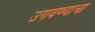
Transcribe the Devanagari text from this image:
उगवण्याचा